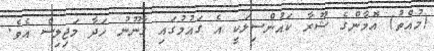
(މުއްތު) އޮމާންގެ ޝޫރާ ކައުންސިލަކީ އެ ގައުމުގައި ގާނޫނު ހަދާ މަޖިލިސް އެވެ.